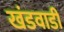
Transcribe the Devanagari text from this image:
खंडवाडी